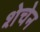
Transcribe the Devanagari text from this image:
शेचेन